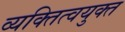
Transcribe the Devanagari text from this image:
व्यक्तित्वयुक्त